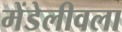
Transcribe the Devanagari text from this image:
मेंडेलीवला